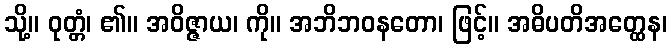
သို့။ ဝုတ္တံ၊ ၏။ အဝိဇ္ဇာယ၊ ကို။ အဘိဘဝနတော၊ ဖြင့်။ အဓိပတိအတ္ထေန၊